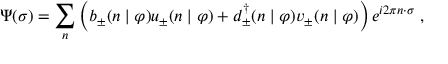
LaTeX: \Psi ( \sigma ) = \sum _ { n } \left( b _ { \pm } ( n \mid \varphi ) u _ { \pm } ( n \mid \varphi ) + d _ { \pm } ^ { \dagger } ( n \mid \varphi ) v _ { \pm } ( n \mid \varphi ) \right) e ^ { i 2 \pi n \cdot \sigma } \; ,